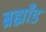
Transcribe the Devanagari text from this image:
ब्रह्माँड